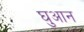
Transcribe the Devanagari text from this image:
घुआन